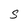
Character: S